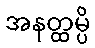
အနတ္ထမ္ပိ